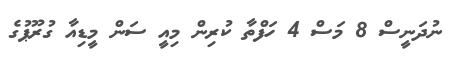
ނުދަަަނީސް 8 މަސް 4 ހަފްތާ ކުރިން މިއީ ސަން މީޑިއާ ގުރޫޕުގެ